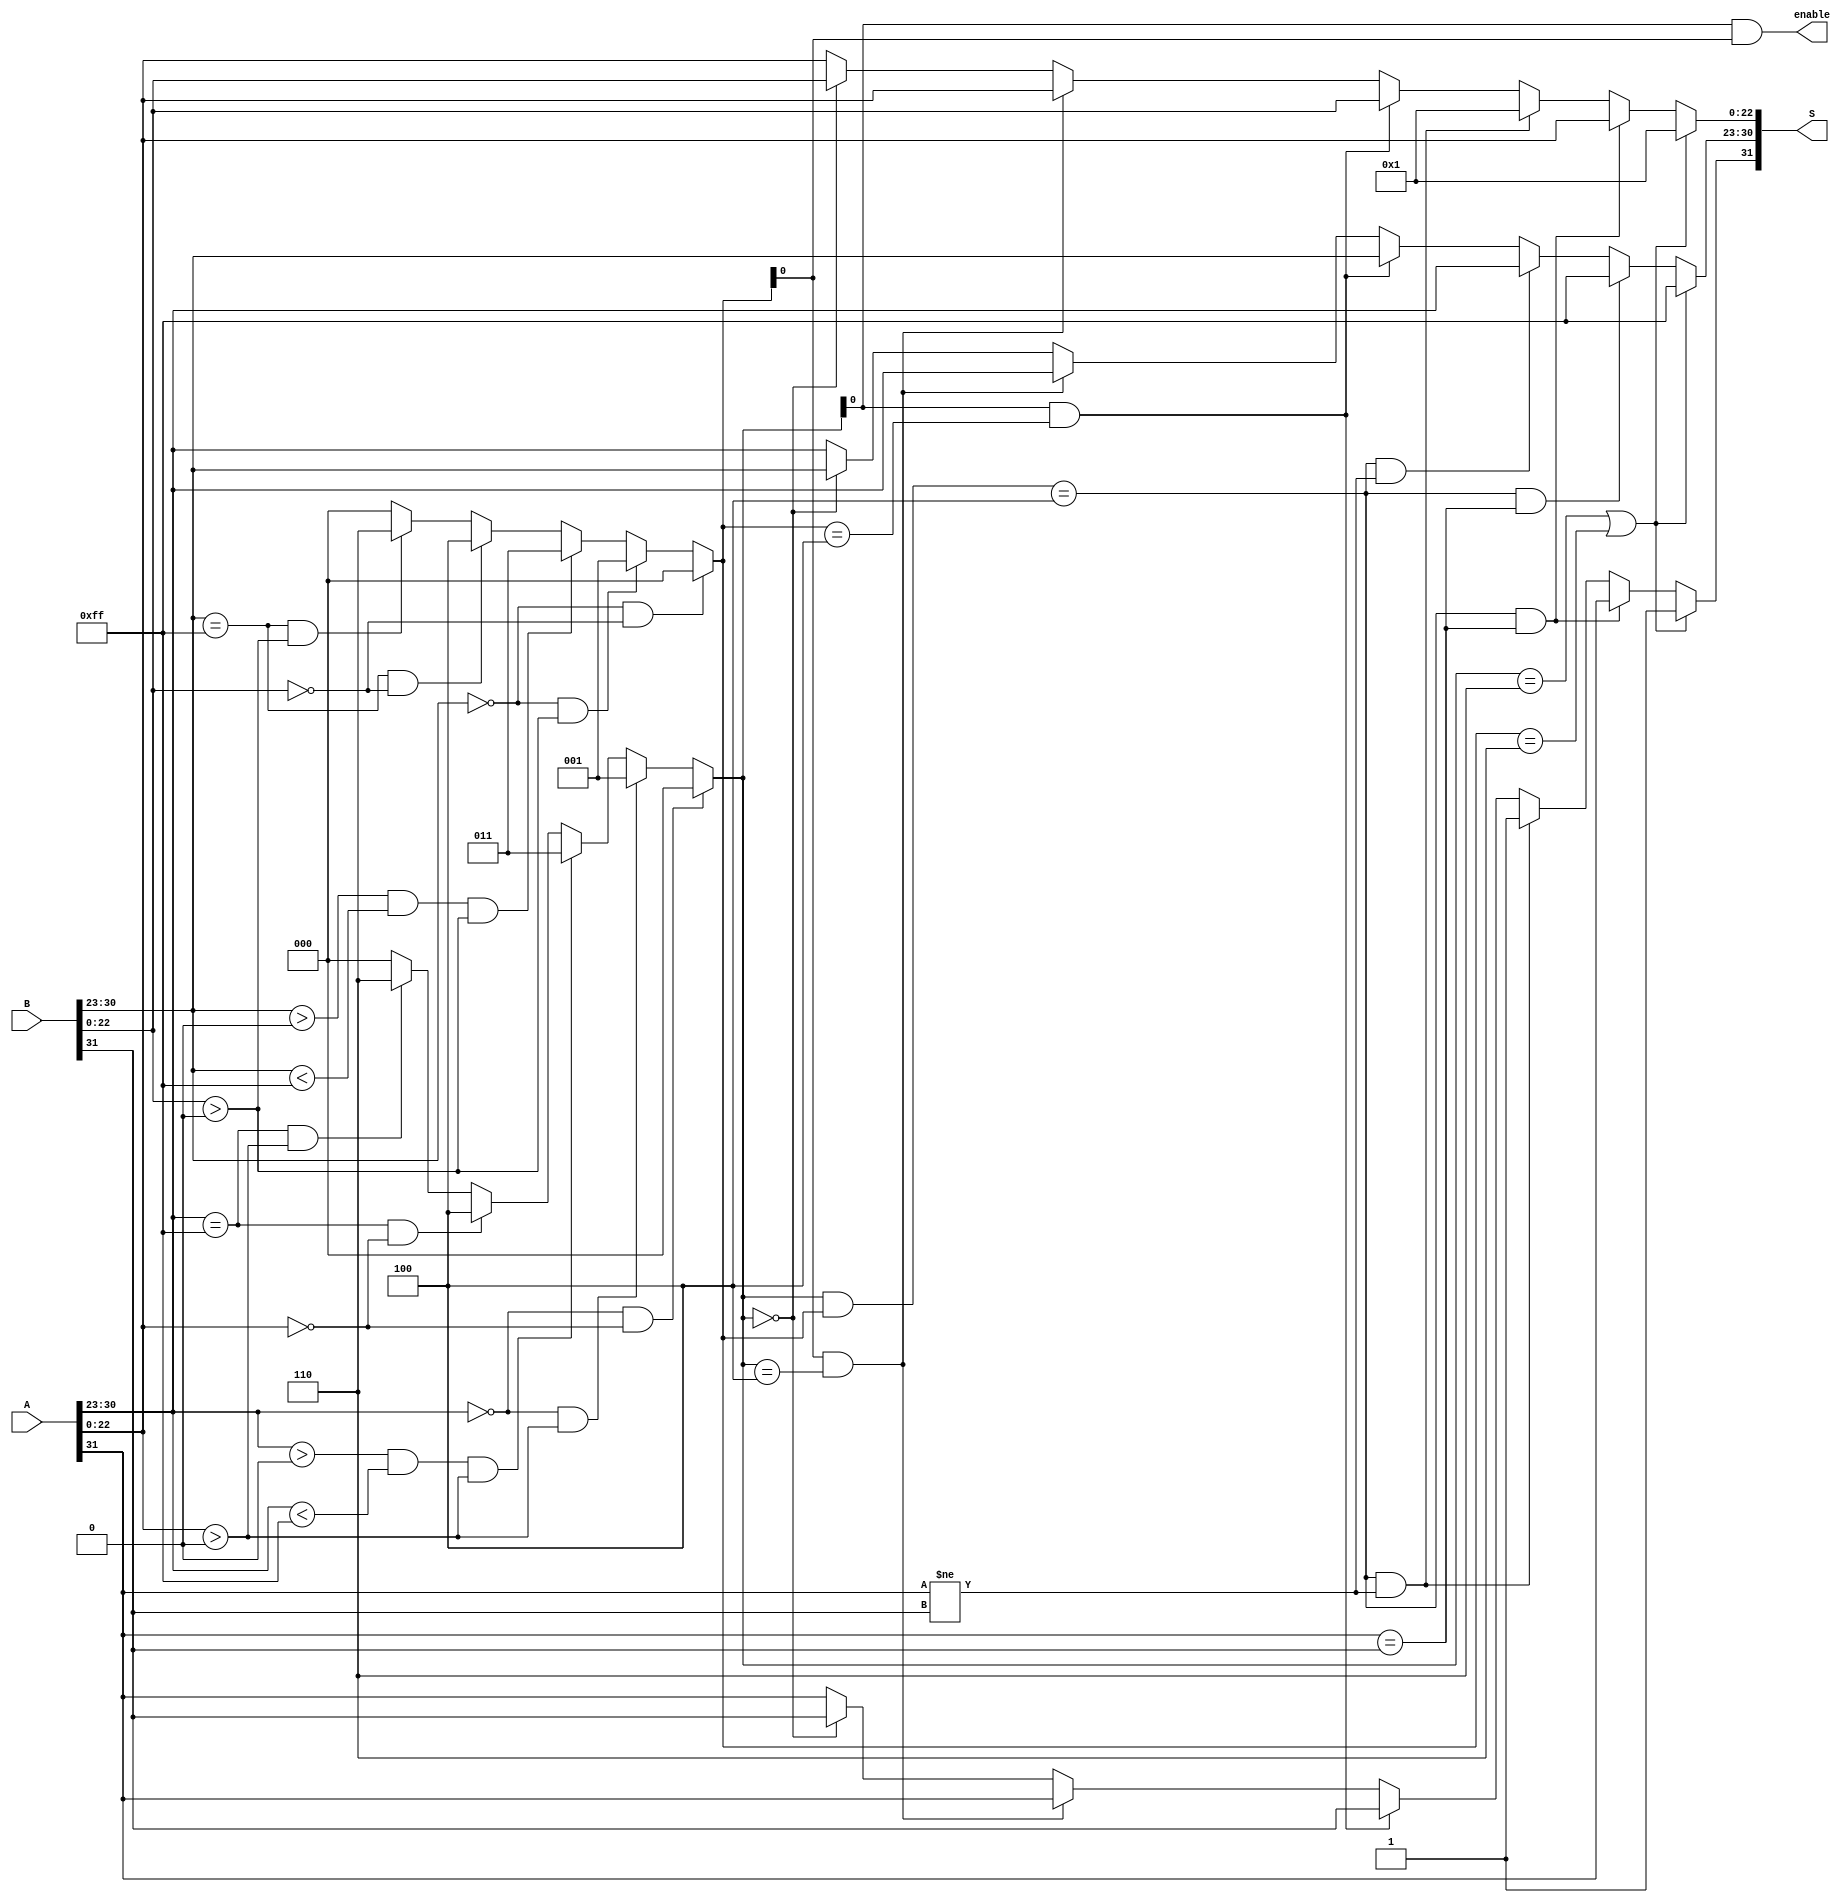
/// @author Abdelaziz Salah 
/// @date 4/11/2022
module n_case (
    A,
    B,
    S,
    enable
);

  ///defining inputs 
  input [31:0] A, B;

  /// defining outputs 
  output [31:0] S;  /// the output 
  output enable;

  /// defining utility wires  
  wire [2:0] outA, outB;
  wire [7:0] EA, EB, ES;  /// ES is the Exp of the output
  wire [22:0] MA, MB, MS;
  wire SA, SB, SS;  /// SS is the sign of the output     

  /// applying logic 

  ///assigning the sign bits
  assign SA = A[31];
  assign SB = B[31];

  /// assigning the Exponents 
  assign EA = A[30:23];
  assign EB = B[30:23];

  /// assinging the mantessa ; 
  assign MA = A[22:0];
  assign MB = B[22:0];

  /// ternary on the outA 
  assign outA = 
    (EA == 8'h00 && MA == 23'b0) ? 3'b000:  
    (EA == 8'h00 && MA > 23'b0) ? 3'b001:  
    (EA > 8'h00 && EA < 8'hFF && MA > 23'b0) ? 3'b011:  
    (EA == 8'hFF && MA == 23'b0) ? 3'b100:  /// infinity
      (EA == 8'hFF && MA > 23'b0) ? 3'b110 :  /// NAN
      3'b000;

  /// ternary on the outA 
  assign outB = 
    (EB == 8'h00 && MB == 23'b0) ? 3'b000:  
    (EB == 8'h00 && MB > 23'b0) ? 3'b001:  
    (EB > 8'h00 && EB < 8'hFF && MB > 23'b0) ? 3'b011:  
    (EB == 8'hFF && MB == 23'b0) ? 3'b100:  /// infinity
      (EB == 8'hFF && MB > 23'b0) ? 3'b110 :  ///NAN
      3'b000;

  /// if not normal or subnormal
  assign enable = outA[0] & outB[0];


  ///applying the logic of the S

  /// assigning the SS
  assign SS = (outA == 3'b110 || outB == 3'b110) ? 1'b1 :
     (((outA & outB) == 3'b100) & (SA == SB)) ? SA : 
     (((outA & outB) == 3'b100) & (SA != SB)) ? 1'b1: 
     (outA[0] == 1'b1 && outB == 3'b100) ? SB :
     (outB[0] == 1'b1 && outA == 3'b100) ? SA :
     (outA == 3'b000) ? SB : 
     SA; /// else set it to SA for any uncovered case. 


  /// assigning the ES
  assign ES  = (outA == 3'b110 || outB == 3'b110) ? 8'hFF :
     (((outA & outB) == 3'b100) && (SA == SB)) ? 8'hFF : 
     (((outA & outB) == 3'b100) && (SA != SB)) ? EA: 
     (outA[0] == 1'b1 && outB == 3'b100) ? EB :
     (outB[0] == 1'b1 && outA == 3'b100) ? EA :
     (outA == 3'b000) ? EB: 
      EA; /// else set it to SA for any uncovered case. 

  /// assigning the MS
  assign MS  = (outA == 3'b110 || outB == 3'b110) ? 23'b1 :
     (((outA & outB) == 3'b100) & (SA == SB)) ? MA: 
     (((outA & outB) == 3'b100) & (SA != SB)) ? 23'b1 : 
     (outA[0] == 1'b1 && outB == 3'b100) ? MB :
     (outB[0] == 1'b1 && outA == 3'b100) ? MA :
     (outA == 3'b000) ? MB: 
      MA; /// else set it to SA for any uncovered case. 

  /// concatinating the wires to the real output.
  assign S = {SS, ES, MS};

endmodule